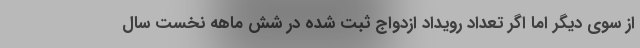
از سوی دیگر اما اگر تعداد رویداد ازدواج ثبت شده در شش ماهه نخست سال